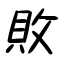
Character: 敗